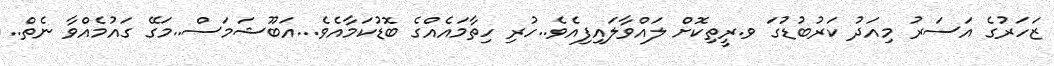
ޒަހަރުގެ އަސަރު މިއަދު ކަރުބުޑުގަ ވ.ރީތިކޮށް ލައްވާލައިފިއެވެ..ހުރި ހިތާމައެއްގެ ބޮޑުކަމާއެވެ...އަބޫޝަމަސް..މަގޭ ގައުމެއްވާ ނެތް..